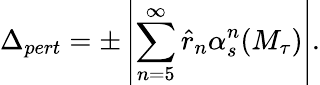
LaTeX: \Delta_{pert}=\pm\left|\sum_{n=5}^{\infty}\hat{r}_{n}\alpha_{s}^{n}(M_{\tau})\right|.